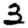
Digit: 3